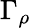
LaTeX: \Gamma_{\rho}